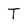
Character: T